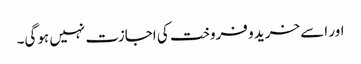
اور اسے خرید و فروخت کی اجازت نہیں ہوگی۔